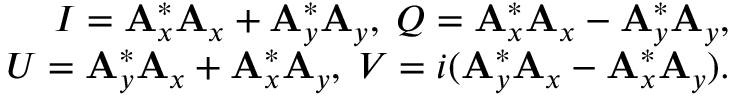
\begin{array} { r } { I = \mathbf { A } _ { x } ^ { * } \mathbf { A } _ { x } + \mathbf { A } _ { y } ^ { * } \mathbf { A } _ { y } , \; Q = \mathbf { A } _ { x } ^ { * } \mathbf { A } _ { x } - \mathbf { A } _ { y } ^ { * } \mathbf { A } _ { y } , } \\ { U = \mathbf { A } _ { y } ^ { * } \mathbf { A } _ { x } + \mathbf { A } _ { x } ^ { * } \mathbf { A } _ { y } , \; V = i ( \mathbf { A } _ { y } ^ { * } \mathbf { A } _ { x } - \mathbf { A } _ { x } ^ { * } \mathbf { A } _ { y } ) . } \end{array}